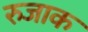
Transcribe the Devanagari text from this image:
रुजाक